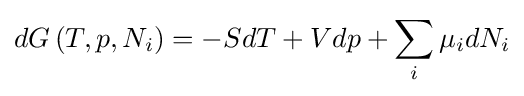
dG\left(T,p,N_{i}\right)=-SdT+Vdp+\sum _{i}\mu _{i}dN_{i}